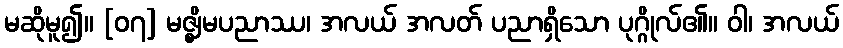
မဆိုမူ၍။ [၀၇] မဇ္ဈိမပညာဿ၊ အလယ် အလတ် ပညာရှိသော ပုဂ္ဂိုလ်၏။ ဝါ၊ အလယ်